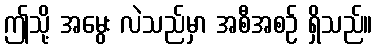
ဤသို့ အမွေး လဲသည်မှာ အစီအစဉ် ရှိသည်။